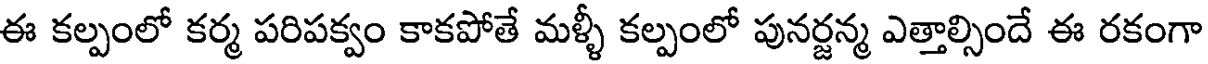
ఈ కల్పంలో కర్మ పరిపక్వం కాకపోతే మళ్ళీ కల్పంలో పునర్జన్మ ఎత్తాల్సిందే ఈ రకంగా